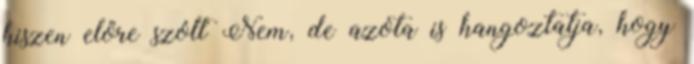
hiszen előre szólt Nem, de azóta is hangoztatja, hogy